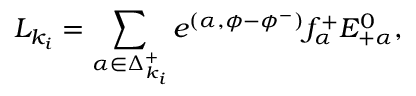
{ \cal L } _ { k _ { i } } = \sum _ { \alpha \in \Delta _ { k _ { i } } ^ { + } } e ^ { ( \alpha , \phi - \phi ^ { - } ) } f _ { \alpha } ^ { + } E _ { + \alpha } ^ { 0 } ,